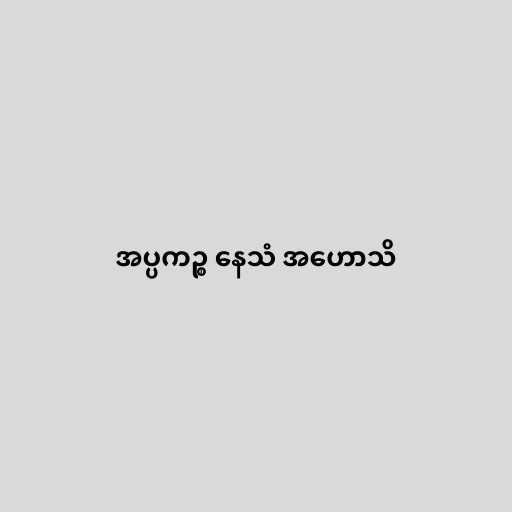
အပ္ပကဉ္စ နေသံ အဟောသိ